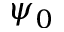
\psi _ { 0 }